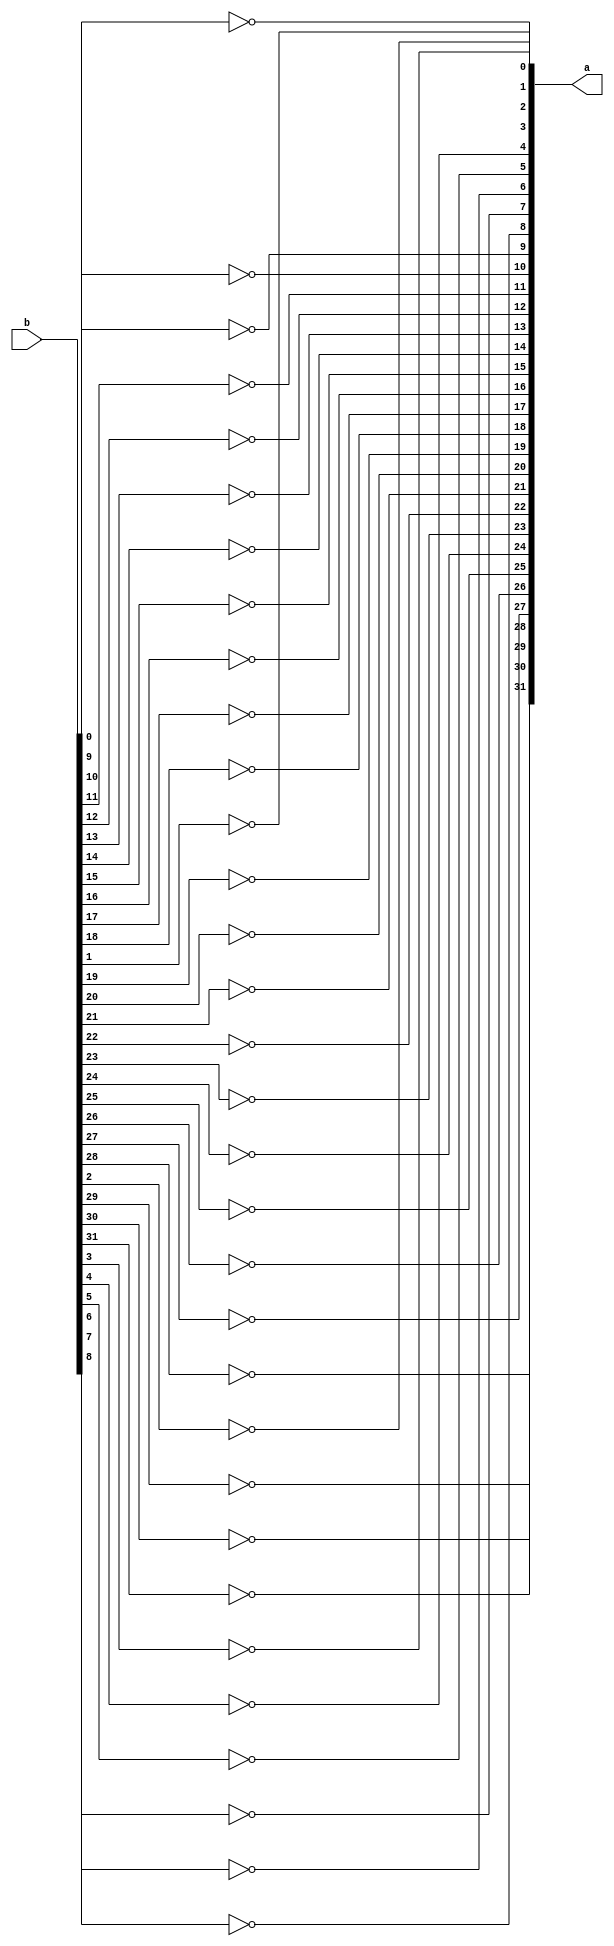
module not32(a,b);
  input [31:0]b;
  output [31:0]a;

  not a3393(a[0],b[0]);
  not a339944(a[1],b[1]);
  not a3395(a[2],b[2]);
  not a3963(a[3],b[3]);
  not a399373(a[4],b[4]);
  not a93338(a[5],b[5]);
  not a933398(a[6],b[6]);
  not a93383(a[7],b[7]);
  not a33934(a[8],b[8]);
  not a33943(a[9],b[9]);
  not a3433(a[10],b[10]);
  not a3373(a[11],b[11]);
  not a4333(a[12],b[12]);
  not a34633(a[13],b[13]);
  not a33653(a[14],b[14]);
  not a377733(a[15],b[15]);
  not a36633(a[16],b[16]);
  not a397933(a[17],b[17]);
  not a38433(a[18],b[18]);
  not a23333(a[19],b[19]);
  not a34333(a[20],b[20]);
  not a55555(a[21],b[21]);
  not a3433553(a[22],b[22]);
  not a334553(a[23],b[23]);
  not a34533(a[24],b[24]);
  not a3546733(a[25],b[25]);
  not a3387653(a[26],b[26]);
  not a33453(a[27],b[27]);
  not a334563(a[28],b[28]);
  not a33343(a[29],b[29]);
  not a334663(a[30],b[30]);
  not a33993(a[31],b[31]);
endmodule